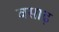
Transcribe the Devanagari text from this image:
वसाढ़